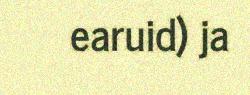
earuid) ja